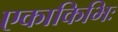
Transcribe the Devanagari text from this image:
एकाकिभिः